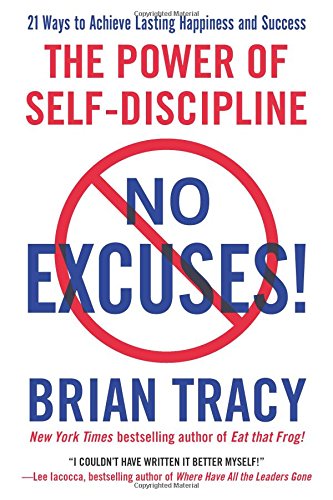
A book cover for No Excuses!: The Power of Self-Discipline; Brian Tracy; Self-Help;